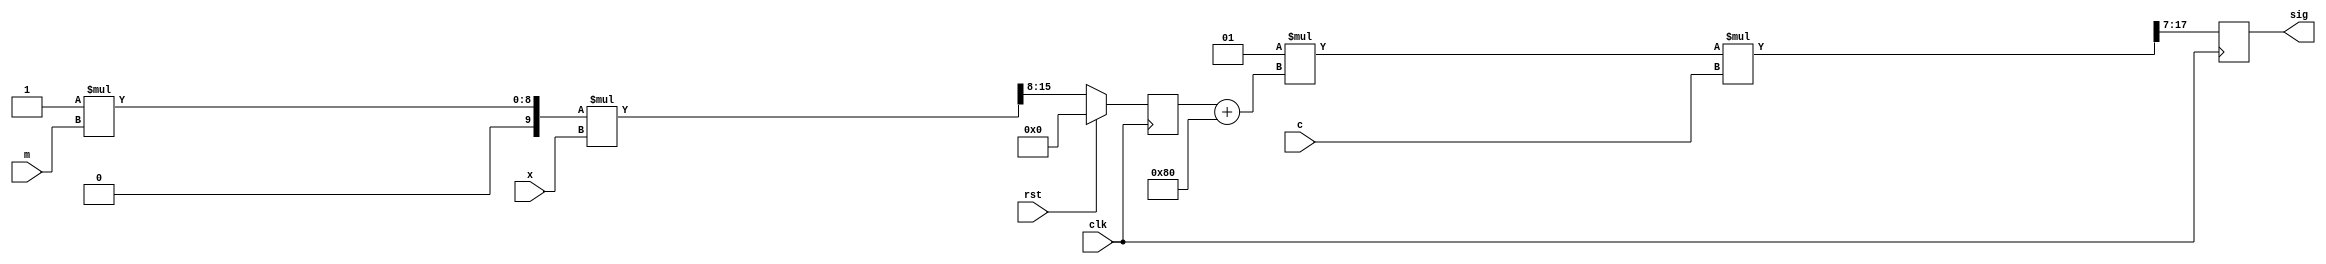
module mod
(
	input clk, rst,
	input signed [9:0] c,	// ? Q1.9
	input signed [7:0] x,	// Q1.7
	input [7:0] m,			// ? Q0.8
	output reg signed [10:0] sig // Q2.9
);
	reg signed [7:0] mx;	// Q1.7, (-1,1)
	initial begin
		mx = 8'sd0;
		sig = 11'sd0;
	end
	wire signed [8:0] sm = m;	// Q1.8
	//               1.7   1.8  1.7
	//wire signed [7:0] mx = (17'sd1 * sm * x) >>> 8;

	always@(posedge clk) begin
		if(~rst)
			mx <= (17'sd1 * sm * x) >>> 8;
		else
			mx <= 8'sd0;
	end
	//            Q2.7(0,2)   Q1.7(-1,1)  Q2.7(1)
	wire signed [8:0] mx_shift = mx + (9'sd1 <<< 7);
	always@(posedge clk) begin
	// Q2.9(-2,2)      Q2.7(0,2)   Q1.9(-1,1)
		sig <= (19'sd1 * mx_shift   *   c) >>> 7;
	end
endmodule